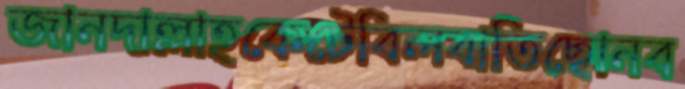
জানদাল্লাহকেটেবিলবাতিছোনব